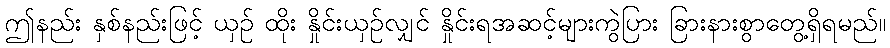
ဤနည်း နှစ်နည်းဖြင့် ယှဉ် ထိုး နှိုင်းယှဉ်လျှင် နှိုင်းရအဆင့်များကွဲပြား ခြားနားစွာတွေ့ရှိရမည်။